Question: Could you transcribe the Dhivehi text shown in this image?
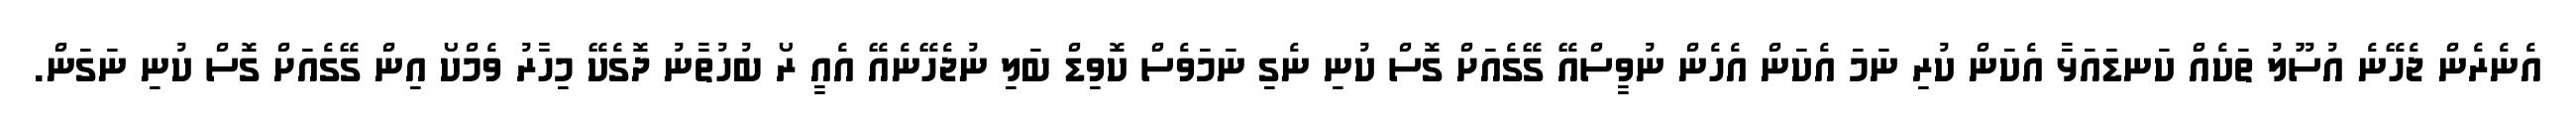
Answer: އެނެރެން ޖެހޭނެ އުސޫލު ތަކެއް ކަނޑައަޅާ އެކަން ކުރި ނަމަ އެކަން އެހެން ނުވީސްއޭ ގޭގެއަށް ގޮސް ކުނި ނެގި ނަމަވެސް ކޮވިޑް ބަލި ނުޖެހޭނެއޭ އެއީ ރޯ ބުހުތާނު ދޮގެކޭ މިހާރު ވެމްކޯ އިން ގޭގެއަށް ގޮސް ކުނި ނަގަން.